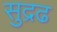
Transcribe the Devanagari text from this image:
सुद्रढ